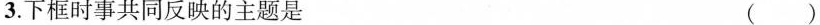
3.下框时事共同反映的主题是 ( )